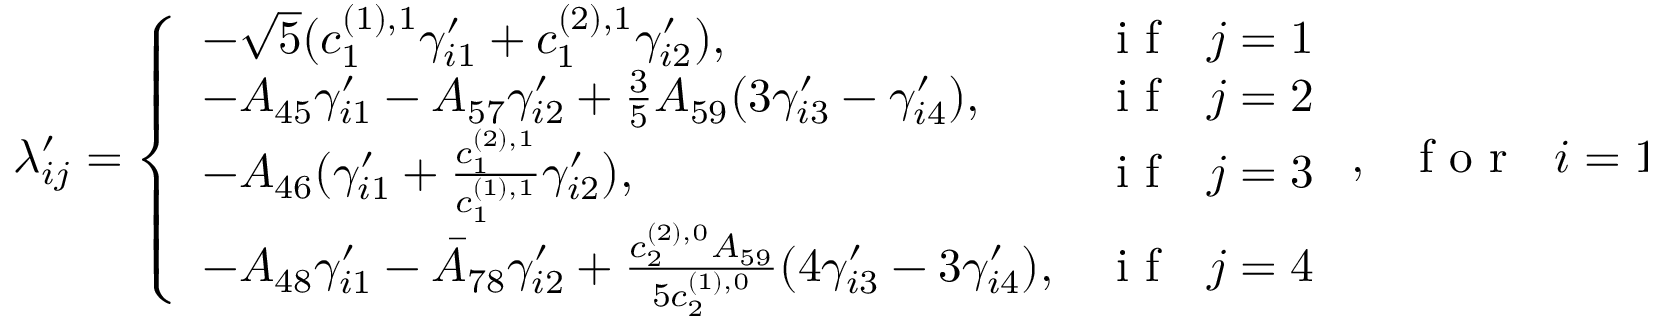
\lambda _ { i j } ^ { \prime } = \left\{ \begin{array} { l l } { - \sqrt { 5 } ( c _ { 1 } ^ { ( 1 ) , 1 } \gamma _ { i 1 } ^ { \prime } + c _ { 1 } ^ { ( 2 ) , 1 } \gamma _ { i 2 } ^ { \prime } ) , } & { \mathrm { ~ i ~ f ~ ~ ~ } j = 1 } \\ { - A _ { 4 5 } \gamma _ { i 1 } ^ { \prime } - A _ { 5 7 } \gamma _ { i 2 } ^ { \prime } + \frac { 3 } { 5 } A _ { 5 9 } ( 3 \gamma _ { i 3 } ^ { \prime } - \gamma _ { i 4 } ^ { \prime } ) , } & { \mathrm { ~ i ~ f ~ ~ ~ } j = 2 } \\ { - A _ { 4 6 } ( \gamma _ { i 1 } ^ { \prime } + \frac { c _ { 1 } ^ { ( 2 ) , 1 } } { c _ { 1 } ^ { ( 1 ) , 1 } } \gamma _ { i 2 } ^ { \prime } ) , } & { \mathrm { ~ i ~ f ~ ~ ~ } j = 3 } \\ { - A _ { 4 8 } \gamma _ { i 1 } ^ { \prime } - \bar { A } _ { 7 8 } \gamma _ { i 2 } ^ { \prime } + \frac { c _ { 2 } ^ { ( 2 ) , 0 } A _ { 5 9 } } { 5 c _ { 2 } ^ { ( 1 ) , 0 } } ( 4 \gamma _ { i 3 } ^ { \prime } - 3 \gamma _ { i 4 } ^ { \prime } ) , } & { \mathrm { ~ i ~ f ~ ~ ~ } j = 4 } \end{array} \right. , \mathrm { ~ ~ ~ f ~ o ~ r ~ ~ ~ } i = 1 , 2 , 5 ;